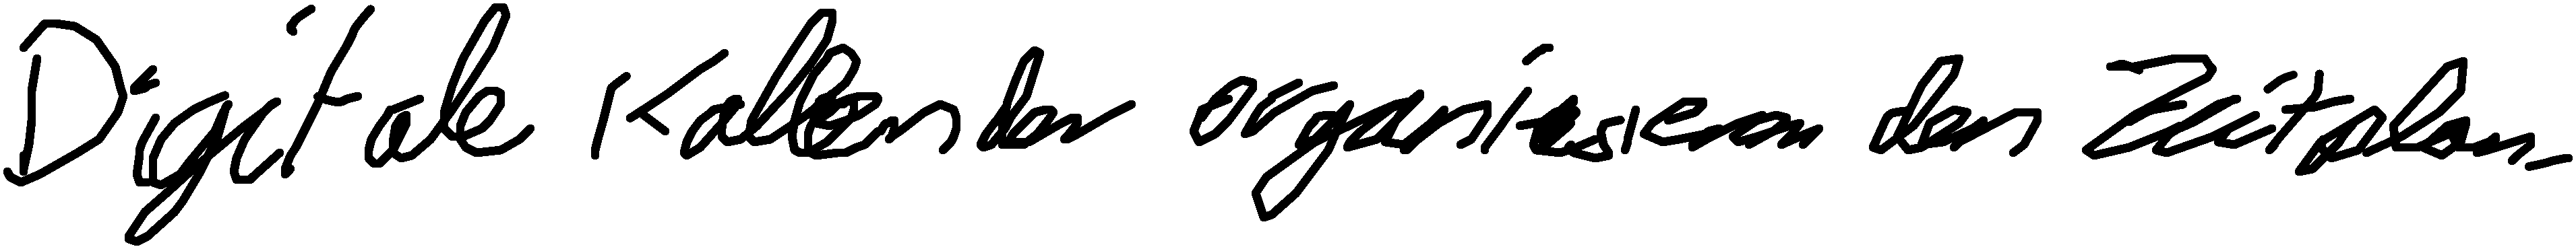
Digitale Kalender organisieren den Zeitplan.